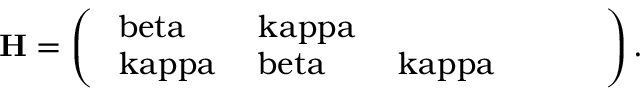
\mathrm { \bf H = \left( \begin{array} { l l l l l l } { \ b e t a } & { \ k a p p a } & { } & { } & { } & { } \\ { \ k a p p a } & { \ b e t a } & { \ k a p p a } & { } & { } & { } \end{array} \right) . }